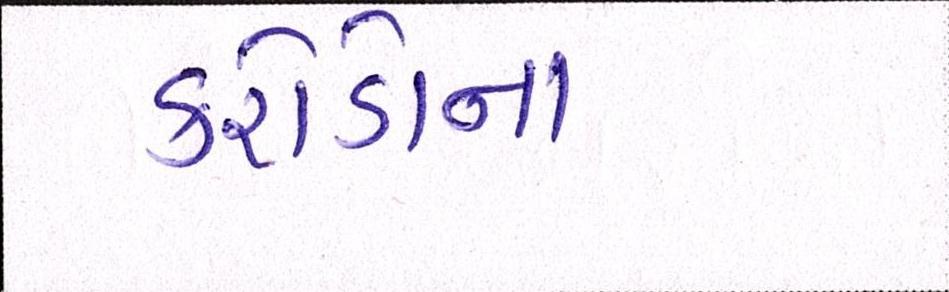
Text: કરોડોના